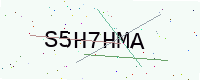
Text: S5H7HMA